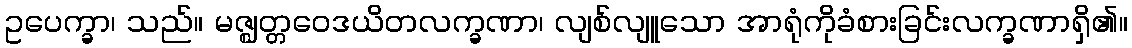
ဥပေက္ခာ၊ သည်။ မဇ္ဈတ္တဝေဒယိတလက္ခဏာ၊ လျစ်လျူသော အာရုံကိုခံစားခြင်းလက္ခဏာရှိ၏။